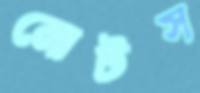
নোটস